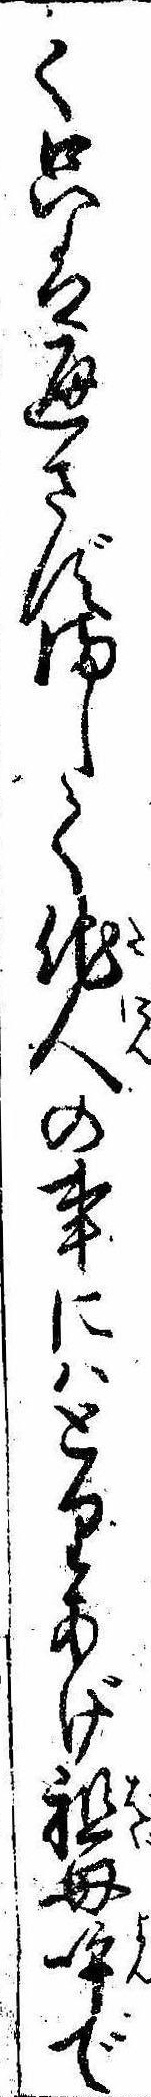
て只は通さずまして他人の事にはとりあげ祖母呼で